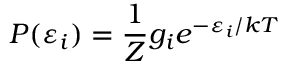
P ( \varepsilon _ { i } ) = { \frac { 1 } { Z } } g _ { i } e ^ { - \varepsilon _ { i } / k T }